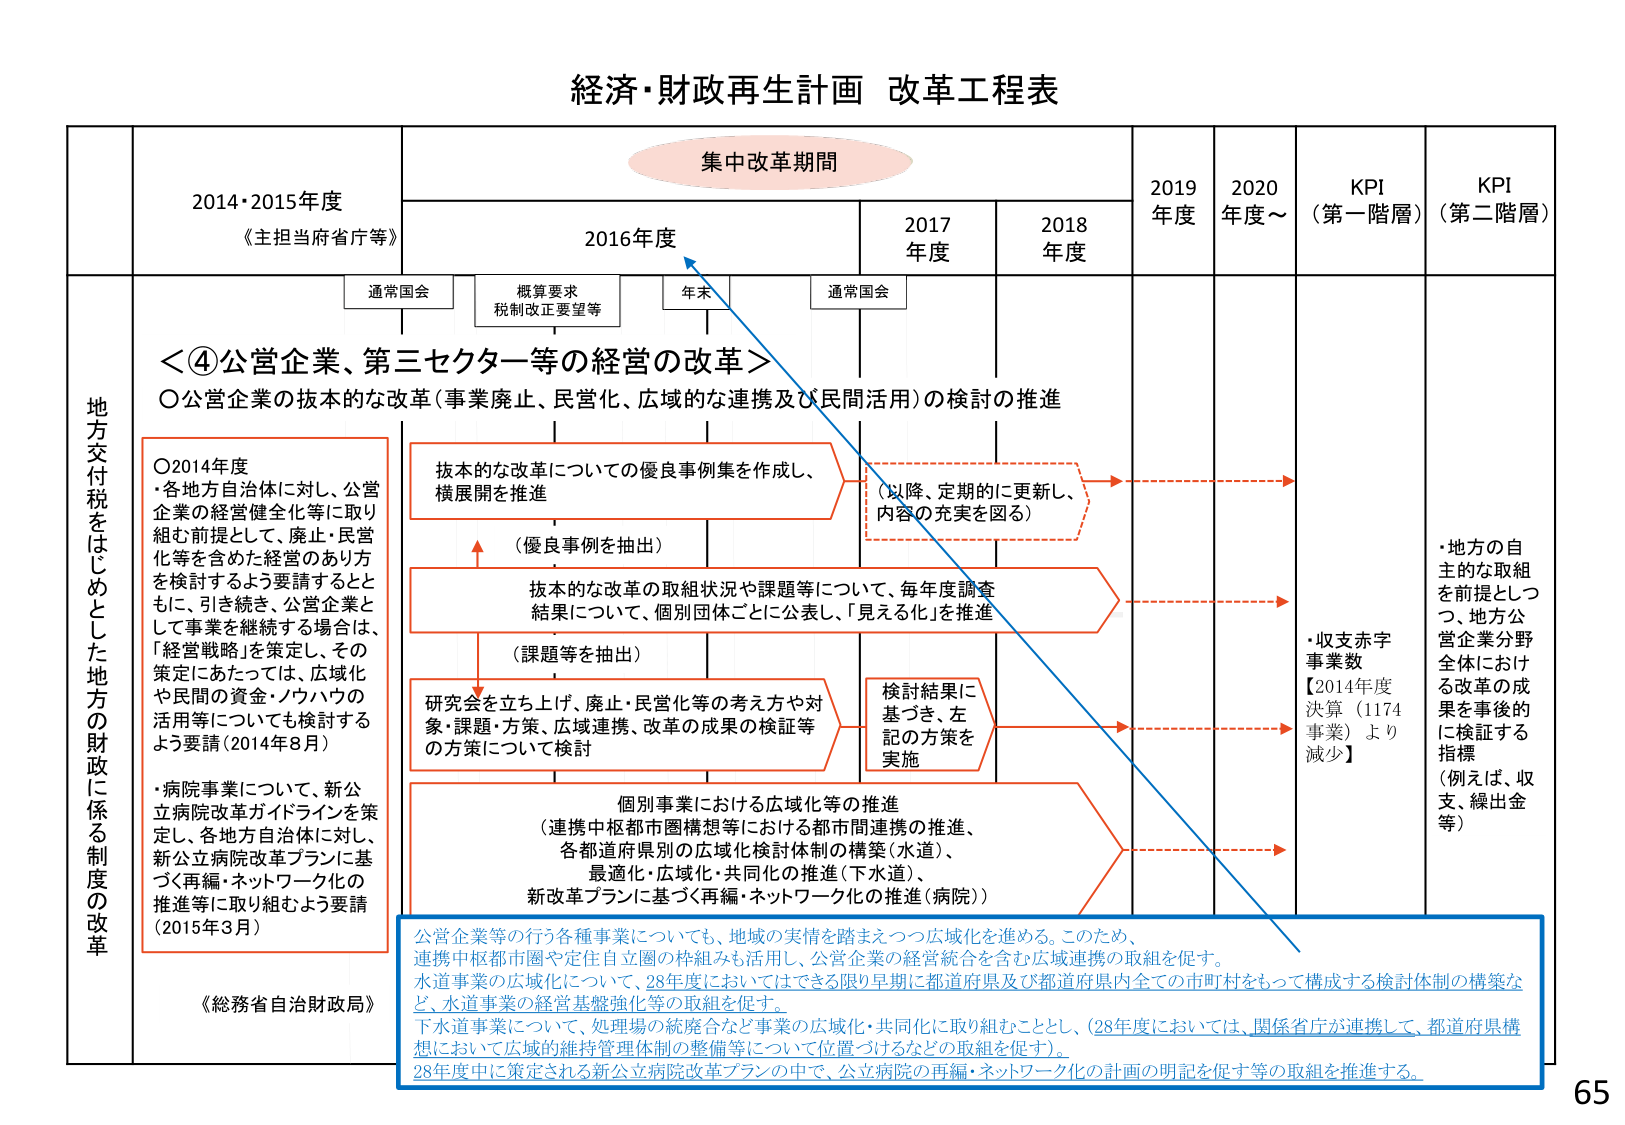
経済・財政再生計画 改革工程表

集中改革期間

2014・2015年度
《主担当府省庁等》

2016年度

2017年度

2018年度

2019年度

2020年度～

KPI（第一階層）

KPI（第二階層）

通常国会

概算要求
税制改正要望等

年末

通常国会

地方交付税をはじめとした地方の財政に係る制度の改革

＜④公営企業、第三セクター等の経営の改革＞

〇公営企業の抜本的な改革（事業廃止、民営化、広域的な連携及び民間活用）の検討の推進

〇2014年度
・各地方自治体に対し、公営企業の経営健全化等に取り組む前提として、廃止・民営化等を含めた経営のあり方を検討するよう要請するとともに、引き続き、公営企業として事業を継続する場合は、「経営戦略」を策定し、その策定にあたっては、広域化や民間の資金・ノウハウの活用等についても検討するよう要請（2014年8月）
・病院事業について、新公立病院改革ガイドラインを策定し、各地方自治体に対し、新公立病院改革プランに基づく再編・ネットワーク化の推進等に取り組むよう要請（2015年3月）

抜本的な改革についての優良事例集を作成し、横展開を推進

（優良事例を抽出）

抜本的な改革の取組状況や課題等について、毎年度調査結果について、個別団体ごとに公表し、「見える化」を推進

（課題等を抽出）

研究会を立ち上げ、廃止・民営化等の考え方や対象、課題・方策、広域連携、改革の成果の検証等の方策について検討

個別事業における広域化等の推進
（連携中枢都市圏構想等における都市間連携の推進、各都道府県別の広域化検討体制の構築（水道）、最適化・広域化・共同化の推進（下水道）、新改革プランに基づく再編・ネットワーク化の推進（病院））

（以降、定期的に更新し、内容の充実を図る）

検討結果に基づき、左記の方策を実施

・収支赤字事業数
【2014年度決算（1174事業）より減少】

・地方の自主的な取組を前提としつつ、地方公営企業分野全体における改革の成果を事後的に検証する指標（例えば、収支、繰出金等）

《総務省自治財政局》

公営企業等の行う各種事業についても、地域の実情を踏まえつつ広域化を進める。このため、連携中枢都市圏や定住自立圏の枠組みも活用し、公営企業の経営統合を含む広域連携の取組を促す。
水道事業の広域化について、28年度においてはできる限り早期に都道府県及び都道府県内全ての市町村をもって構成する検討体制の構築など、水道事業の経営基盤強化等の取組を促す。
下水道事業について、処理場の統廃合など事業の広域化・共同化に取り組むこととし、（28年度においては、関係省庁が連携して、都道府県構想において広域的維持管理体制の整備等について位置づけるなどの取組を促す）。
28年度中に策定される新公立病院改革プランの中で、公立病院の再編・ネットワーク化の計画の明記を促す等の取組を推進する。

65